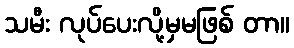
သမီး လုပ်ပေးလို့မှမဖြစ် တာ။